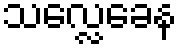
သလ္လေခေန